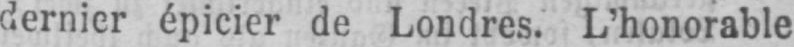
dernier épicier de Londres. L’honorable